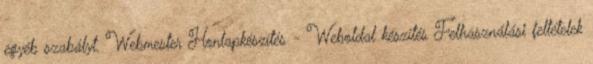
egyéb szabályt. Webmester Honlapkészítés - Weboldal készítés Felhasználási feltételek